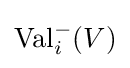
\operatorname {Val} _{i}^{-}(V)